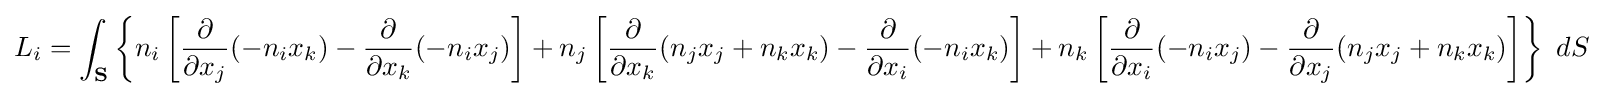
L_{i}=\int _{\mathbf {S} }\left\{n_{i}\left[{\frac {\partial }{\partial x_{j}}}(-n_{i}x_{k})-{\frac {\partial }{\partial x_{k}}}(-n_{i}x_{j})\right]+n_{j}\left[{\frac {\partial }{\partial x_{k}}}(n_{j}x_{j}+n_{k}x_{k})-{\frac {\partial }{\partial x_{i}}}(-n_{i}x_{k})\right]+n_{k}\left[{\frac {\partial }{\partial x_{i}}}(-n_{i}x_{j})-{\frac {\partial }{\partial x_{j}}}(n_{j}x_{j}+n_{k}x_{k})\right]\right\}\ dS